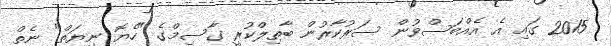
2015 ގައި އެ އެއްބަސްވުން ސަރުކާރުން ބާތިލްކުރީ ގާސިމްގެ "ހެޔޮ ނިޔަތް" ނެތް